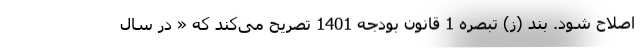
اصلاح شود. بند (ز) تبصره 1 قانون بودجه 1401 تصریح می‌کند که « در سال